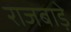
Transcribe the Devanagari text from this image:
राजबाड़े